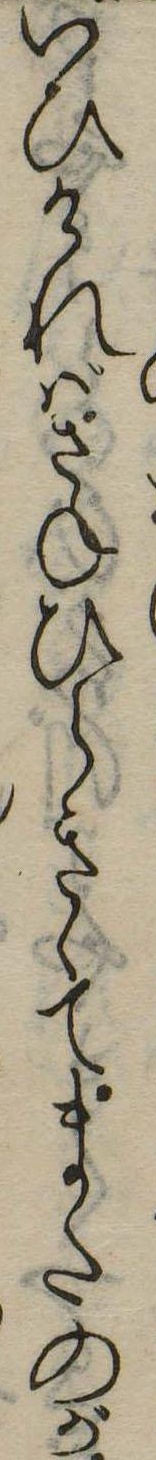
いひければさねひらきゝてまたのが